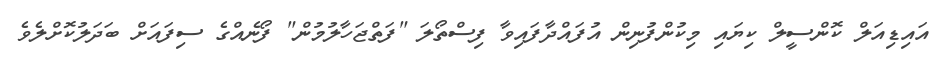
އައިޑިއަލް ކޮންސީލް ކިޔައި މިކުންފުނިން އުފައްދާފައިވާ ފިސްތޯލަ "ފަތްޖަހާލުމުން" ފޯނެއްގެ ސިފައަށް ބަދަލުކޮށްލެވެ